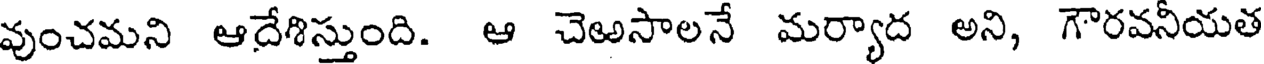
వుంచమని ఆదేశిస్తుంది. ఆ చెఱసాలనే మర్యాద అని, గౌరవనీయత